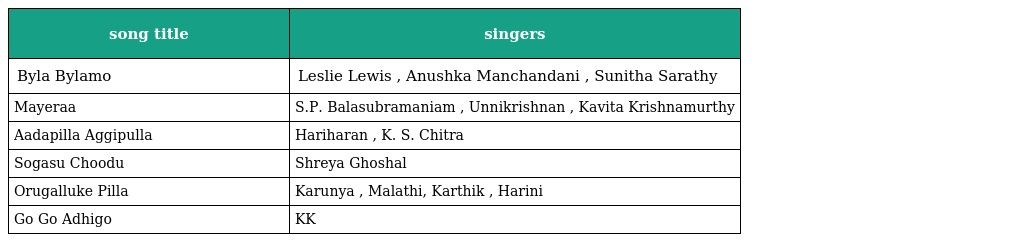
| song title | singers |
 | --- | --- |
 | Byla Bylamo | Leslie Lewis , Anushka Manchandani , Sunitha Sarathy |
 | Mayeraa | S.P. Balasubramaniam , Unnikrishnan , Kavita Krishnamurthy |
 | Aadapilla Aggipulla | Hariharan , K. S. Chitra |
 | Sogasu Choodu | Shreya Ghoshal |
 | Orugalluke Pilla | Karunya , Malathi, Karthik , Harini |
 | Go Go Adhigo | KK |